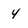
Character: 4